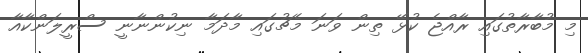
މި މުބާރާތުގައި ރާއްޖެ ކުޅޭ ތިން ވަނަ މެޗުގައި މާދަމާ ނިކުންނާނީ ސްރީލަންކާއާ